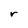
Character: r